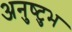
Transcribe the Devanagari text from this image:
अनुष्‍टुभ